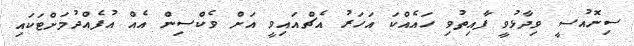
ސިނޮއުސީ ވިދާޅުވީ ފާއިތުވި ހައެއްކަ އަހަރު އެޗްއައިވީ އަށް ވެކްސިން އެއް އުފެއްދުމަށްޓަކައި